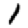
Digit: 1